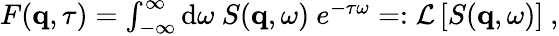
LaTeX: \begin{array}{r}{F(\mathbf{q},\tau)=\int_{-\infty}^{\infty}\textnormal{d}\omega\ S(\mathbf{q},\omega)\ e^{-\tau\omega}=:\mathcal{L}\left[S(\mathbf{q},\omega)\right]\ ,}\end{array}